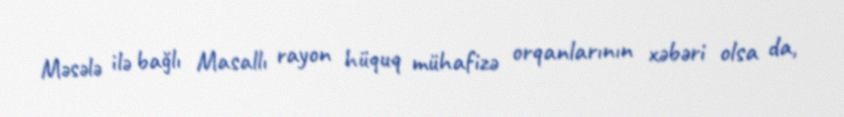
Məsələ ilə bağlı Masallı rayon hüquq mühafizə orqanlarının xəbəri olsa da,